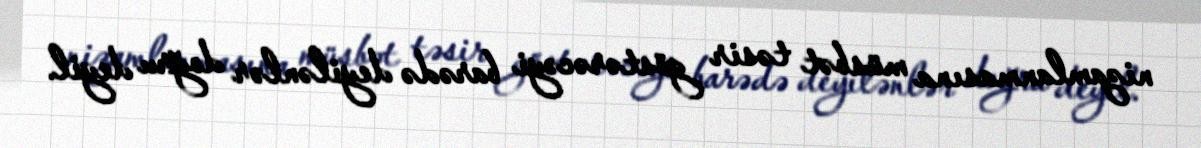
nizamlanmasına müsbət təsir göstərəcəyi barədə deyilənlər doğru deyil.